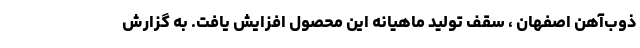
ذوب‌آهن اصفهان ، سقف تولید ماهیانه این محصول افزایش یافت. به گزارش